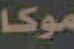
موكا